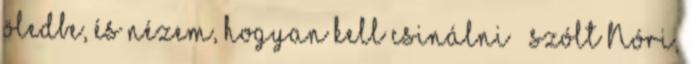
öledbe, és nézem, hogyan kell csinálni – szólt Nóri,